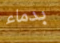
بدماء